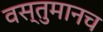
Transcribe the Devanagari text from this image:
वस्तुमानच